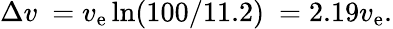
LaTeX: \Delta v\ =v_{\mathrm{e}}\ln(100/11.2)\ =2.19v_{\mathrm{e}}.